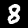
Digit: 8